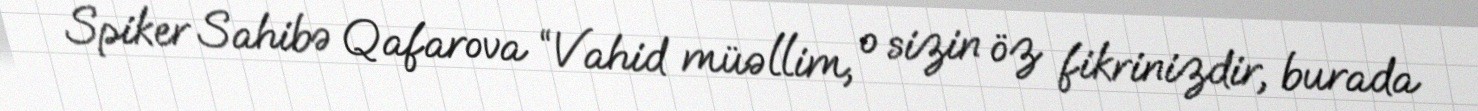
Spiker Sahibə Qafarova “Vahid müəllim, o sizin öz fikrinizdir, burada